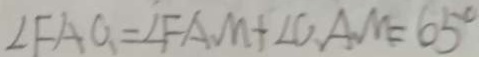
\angle F A G = \angle F A M + \angle C . A . M = 6 5 ^ { \circ }